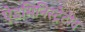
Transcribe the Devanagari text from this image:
ऐडमिनिस्ट्रेटीव